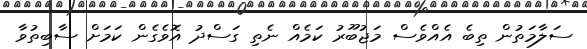
ސަލާމަތުން ތިބެ އެއްވެސް މަޖުބޫރު ކަމެއް ނެތި ގަސްދު އޮވެގެން ކަމަށް ސާބިތުވާ